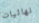
نهائيات